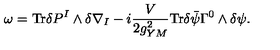
\omega = \mathrm { T r } \delta P ^ { I } \wedge \delta \nabla _ { I } - i \frac { V } { 2 g _ { Y M } ^ { 2 } } \mathrm { T r } \delta \bar { \psi } \Gamma ^ { 0 } \wedge \delta \psi .